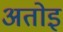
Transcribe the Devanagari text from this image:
अतोइ